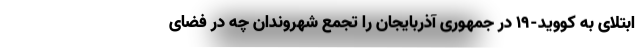
ابتلای به کووید-۱۹ در جمهوری آذربایجان را تجمع شهروندان چه در فضای